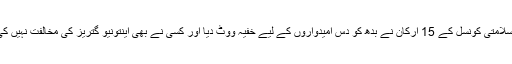
‘ سلامتی کونسل کے 15 ارکان نے بدھ کو دس امیدواروں کے لیے خفیہ ووٹ دیا اور کسی نے بھی اینتونیو گتریز کی مخالفت نہیں کی۔